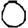
Digit: 0